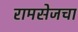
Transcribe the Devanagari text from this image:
रामसेजचा